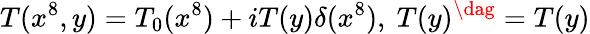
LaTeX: T(x^{8},y)=T_{0}(x^{8})+iT(y)\delta(x^{8}),\ T(y)^{\dag}=T(y)